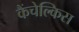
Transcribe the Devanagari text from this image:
कैंचेल्किस